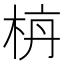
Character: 𪲌